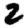
Digit: 2